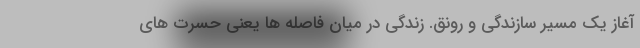
آغاز یک مسیر سازندگی و رونق. زندگی در میان فاصله ها یعنی حسرت های